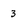
Character: 3